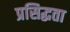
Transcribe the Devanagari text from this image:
प्रसिद्धता